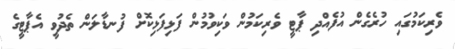
ވެރިކަމުގައި ހުރެގެން އުފެއްދި ޕާޓީ ވެރިކަމުން ވަކިވުމުން ފަޅިފަޅިކޮށް ފުނޑާލަން ތެދުވީ އެޕާޓީގެ